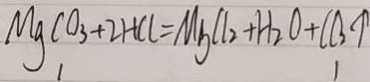
M g C O _ { 3 } + 2 H C l = M b ( l _ { 2 } + H _ { 2 } O + C B \uparrow